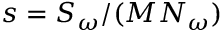
s = S _ { \omega } / ( M N _ { \omega } )